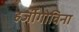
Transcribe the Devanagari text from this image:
हर्जीगोविना